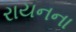
રાયનના